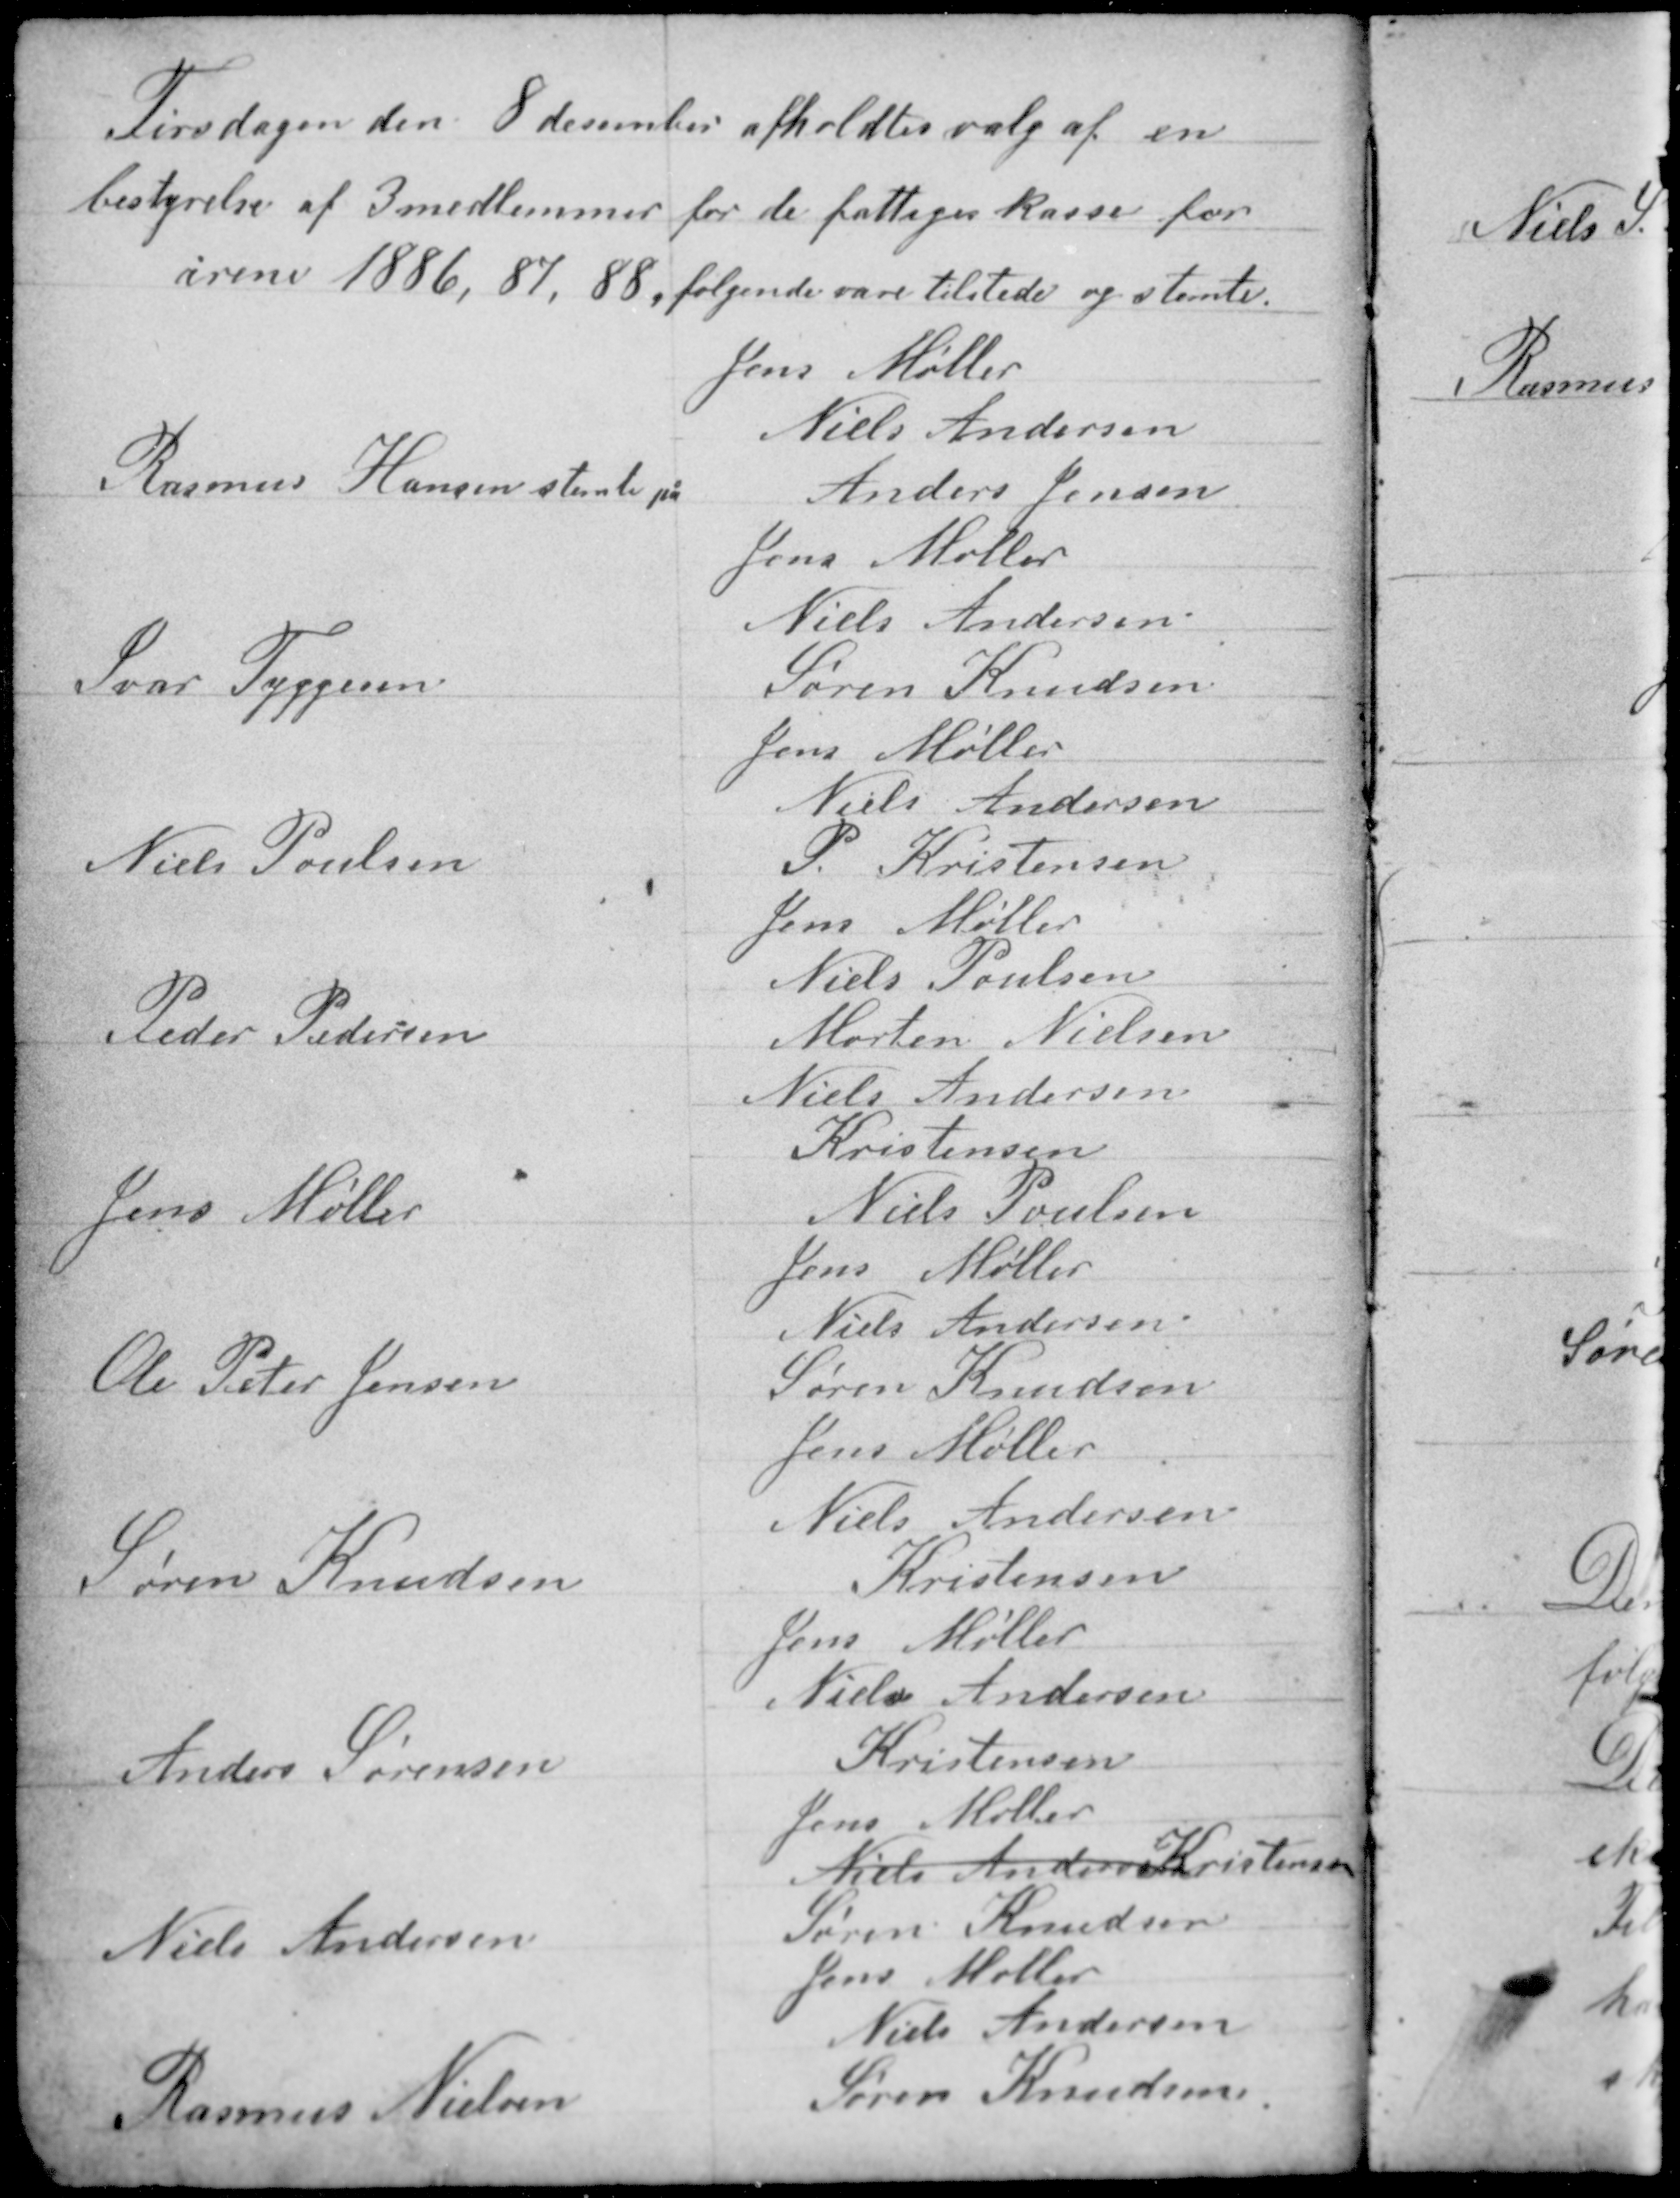
Transskription:
Tirsdagen den 8 december afholdtes valg af en
bestyrelse af 3 medlemmer for de fattiges kasse for
årene 1886, 87, 88, følgende vare tilstede og stemte.